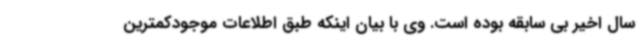
سال اخیر بی سابقه بوده است. وی با بیان اینکه طبق اطلاعات موجودکمترین